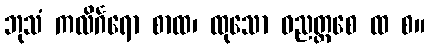
ဘုသံ ကလိင်္ဂရော စာထ၊ ထုသော ဓညတ္တစေ ထ စ။